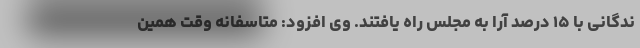
ندگانی با ۱۵ درصد آرا به مجلس راه یافتند. وی افزود: متاسفانه وقت همین